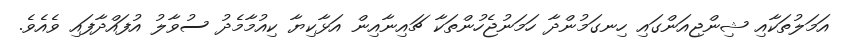
އަމަލުތަކާއި ޝިންޖިއަންގައި ހިނގަމުންދާ ހަމަނުޖެހުންތަކާ ޗައިނާއިން އަޅާކިޔާ ކިއުމާމެދު ސުވާލު އުފައްދާފައި ވެއެވެ.